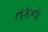
તકના